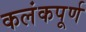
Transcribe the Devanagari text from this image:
कलंकपूर्ण